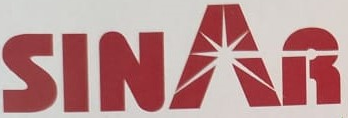
SINAR